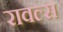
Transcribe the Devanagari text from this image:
रावल्स